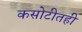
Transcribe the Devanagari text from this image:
कसोटीतही